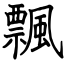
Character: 飄